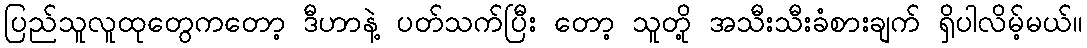
ပြည်သူလူထုတွေကတော့ ဒီဟာနဲ့ ပတ်သက်ပြီး တော့ သူတို့ အသီးသီးခံစားချက် ရှိပါလိမ့်မယ်။